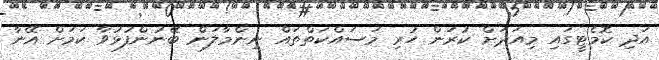
އަދި ކޮމެޓީގައި މިއަދަށް ކުރަން ހުރި މަސައްކަތްތައް ނިންމާލަން ބޭނުންފުޅުވާ ކަމަށް އޭނާ